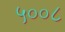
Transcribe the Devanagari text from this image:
५००८